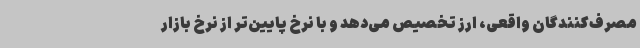
مصرف‌کنندگان واقعی، ارز تخصیص می‌دهد و با نرخ پایین‌تر از نرخ بازار